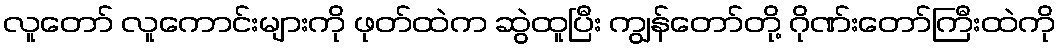
လူတော် လူကောင်းများကို ဖုတ်ထဲက ဆွဲထူပြီး ကျွန်တော်တို့ ဂိုဏ်းတော်ကြီးထဲကို